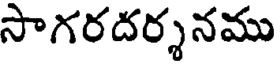
సాగరదర్శనము